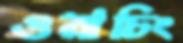
ওয়াচিং